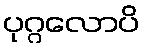
ပုဂ္ဂလောပိ